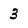
Character: 3